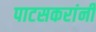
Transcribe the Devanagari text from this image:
पाटसकरांनी